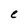
Character: e